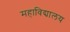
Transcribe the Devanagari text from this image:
महाविद्यालय